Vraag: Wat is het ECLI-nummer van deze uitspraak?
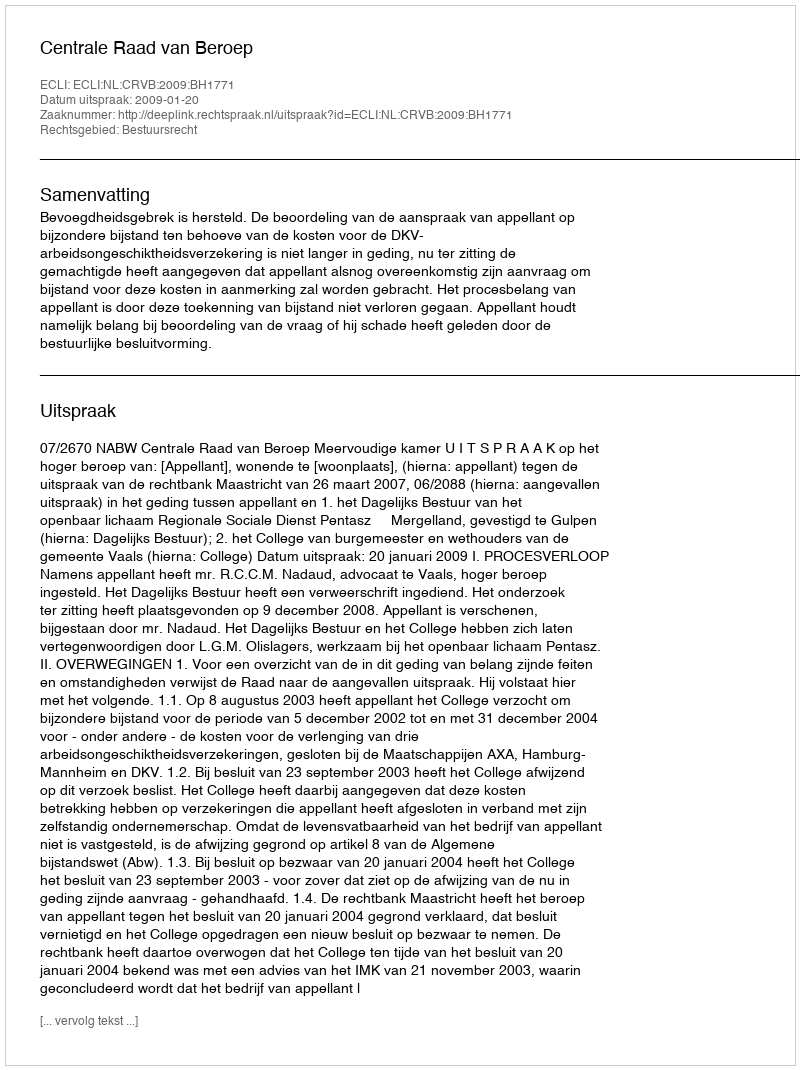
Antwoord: ECLI:NL:CRVB:2009:BH1771